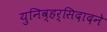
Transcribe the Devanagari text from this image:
युनिव्हर्सिदादने